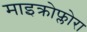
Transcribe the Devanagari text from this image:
माइक्रोफ्लोरा